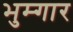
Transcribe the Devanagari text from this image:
भुम्गार